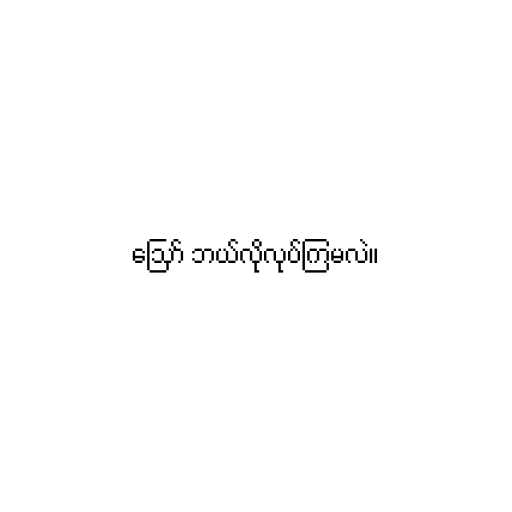
ဪ ဘယ်လိုလုပ်ကြမလဲ။